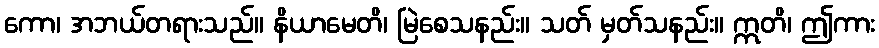
ကော၊ အဘယ်တရားသည်။ နိယာမေတိ၊ မြဲစေသနည်း။ သတ် မှတ်သနည်း။ ဣတိ၊ ဤကား